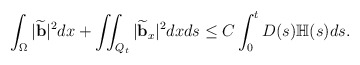
\begin{align*} & \int_\Omega |\widetilde{\mathbf{b}}|^2dx + \iint_{Q_t} |\widetilde{\mathbf{b}}_x|^2dxds\leq C\int_0^t D(s)\mathbb{H}(s)ds. \end{align*}